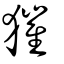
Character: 獕